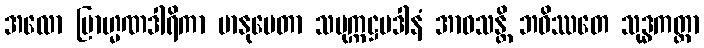
အလော ဗြာဟ္မဏဒါရိကာ မာနုပေတာ သမုက္ကဋ္ဌပဒါနံ အာဝသန္တိ ဘဝိဿတေ သုဒ္ဓကတ္တာ